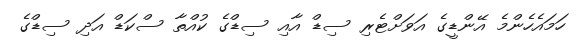
ހަމައެހެންމެ އޭންޑީގެ އަވަށްޓެރި ސިޑް އާއި ސިޑްގެ ކުއްތާ ސްކަޑް އަދި ސިޑްގެ